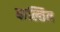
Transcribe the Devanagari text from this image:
बाल्तित